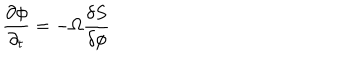
LaTeX: \frac { \partial \phi } { \partial _ { t } } = - \Omega \frac { \delta S } { \delta \phi }